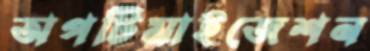
অপটিমাইজেশন